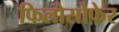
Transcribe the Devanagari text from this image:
फिलोसोफेर